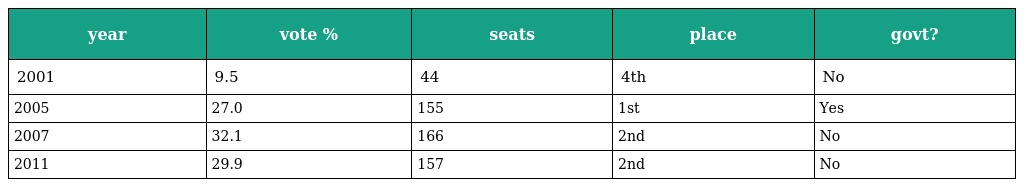
| year | vote % | seats | place | govt? |
 | --- | --- | --- | --- | --- |
 | 2001 | 9.5 | 44 | 4th | No |
 | 2005 | 27.0 | 155 | 1st | Yes |
 | 2007 | 32.1 | 166 | 2nd | No |
 | 2011 | 29.9 | 157 | 2nd | No |